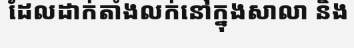
ដែលដាក់តាំងលក់នៅក្នុងសាលា និង